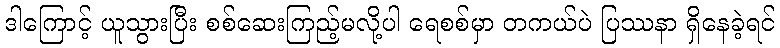
ဒါကြောင့် ယူသွားပြီး စစ်ဆေးကြည့်မလို့ပါ ရေစစ်မှာ တကယ်ပဲ ပြဿနာ ရှိနေခဲ့ရင်